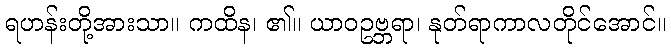
ရဟန်းတို့အားသာ။ ကထိန၊ ၏။ ယာဝဥဗ္ဘရာ၊ နုတ်ရာကာလတိုင်အောင်။